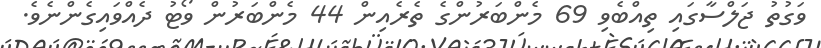
ވަގުތު ޖަލްސާގައި ތިއްބެވި 69 މެންބަރުންގެ ތެރެއިން 44 މެންބަރުން ވޯޓު ދެއްވައިގެންނެވެ.